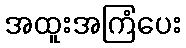
အထူးအကြံပေး